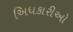
અિધકારીઓ